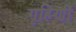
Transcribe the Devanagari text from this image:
गृहिणीं